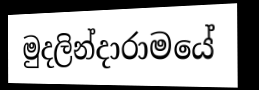
මුදලින්දාරාමයේ